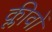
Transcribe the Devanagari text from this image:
क्लीवों